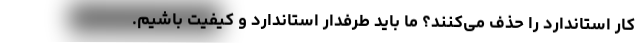
کار استاندارد را حذف می‌کنند؟ ما باید طرفدار استاندارد و کیفیت باشیم.